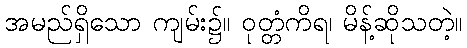
အမည်ရှိသော ကျမ်း၌။ ဝုတ္တံကိရ၊ မိန့်ဆိုသတဲ့။